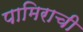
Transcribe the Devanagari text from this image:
पामिराची